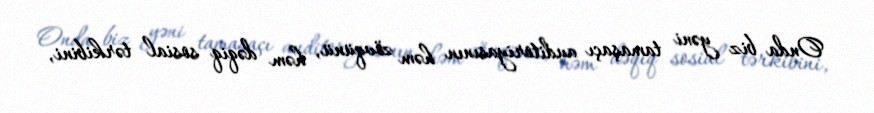
Onda biz yəni tamaşaçı auditoriyasının həm zövqünü, həm dəqiq sosial tərkibini,